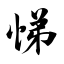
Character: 悌